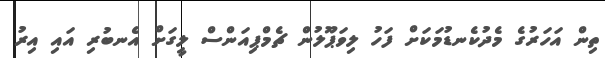
ތިން އަހަރުގެ މެދުކެނޑުމަކަށް ފަހު ލިވަޕޫލުން ޗެމްޕިއަންސް ލީގަށް އެނބުރި އައި އިރު